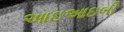
આઇઆઇબી